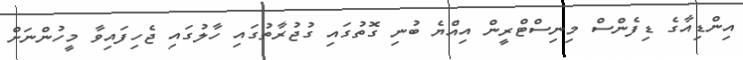
އިންޑިއާގެ ޑިފެންސް މިނިސްޓްރީން އިއްޔެ ބުނި ގޮތުގައި ގުޖުރާތުގައި ހާލުގައި ޖެހިފައިވާ މީހުންނަށް